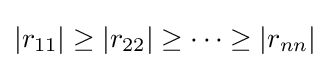
\left|r_{11}\right|\geq \left|r_{22}\right|\geq \cdots \geq \left|r_{nn}\right|